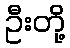
ဦးတို့